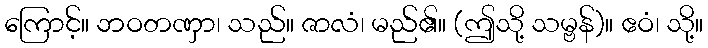
ကြောင့်။ ဘဝတဏှာ၊ သည်။ ဇာလံ၊ မည်၏။ (ဤသို့ သမ္ဗန်)။ ဧဝံ၊ သို့။